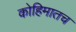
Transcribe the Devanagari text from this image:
कोहिमातच